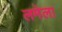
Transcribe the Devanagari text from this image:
लमेला